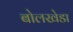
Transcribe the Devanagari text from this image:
बोलखेडा